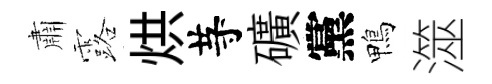
肅露烘䒭礦黨鴨澨